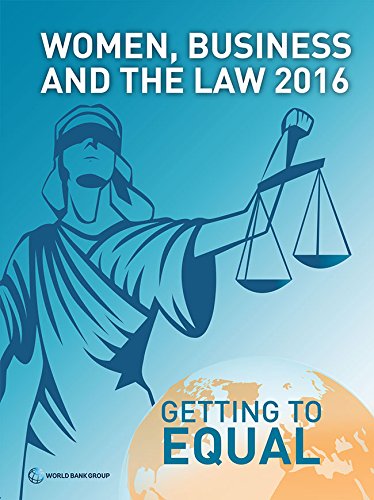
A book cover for Women, Business, and the Law 2016: Getting to Equal; World Bank Group; Law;